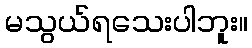
မသွယ်ရသေးပါဘူး။